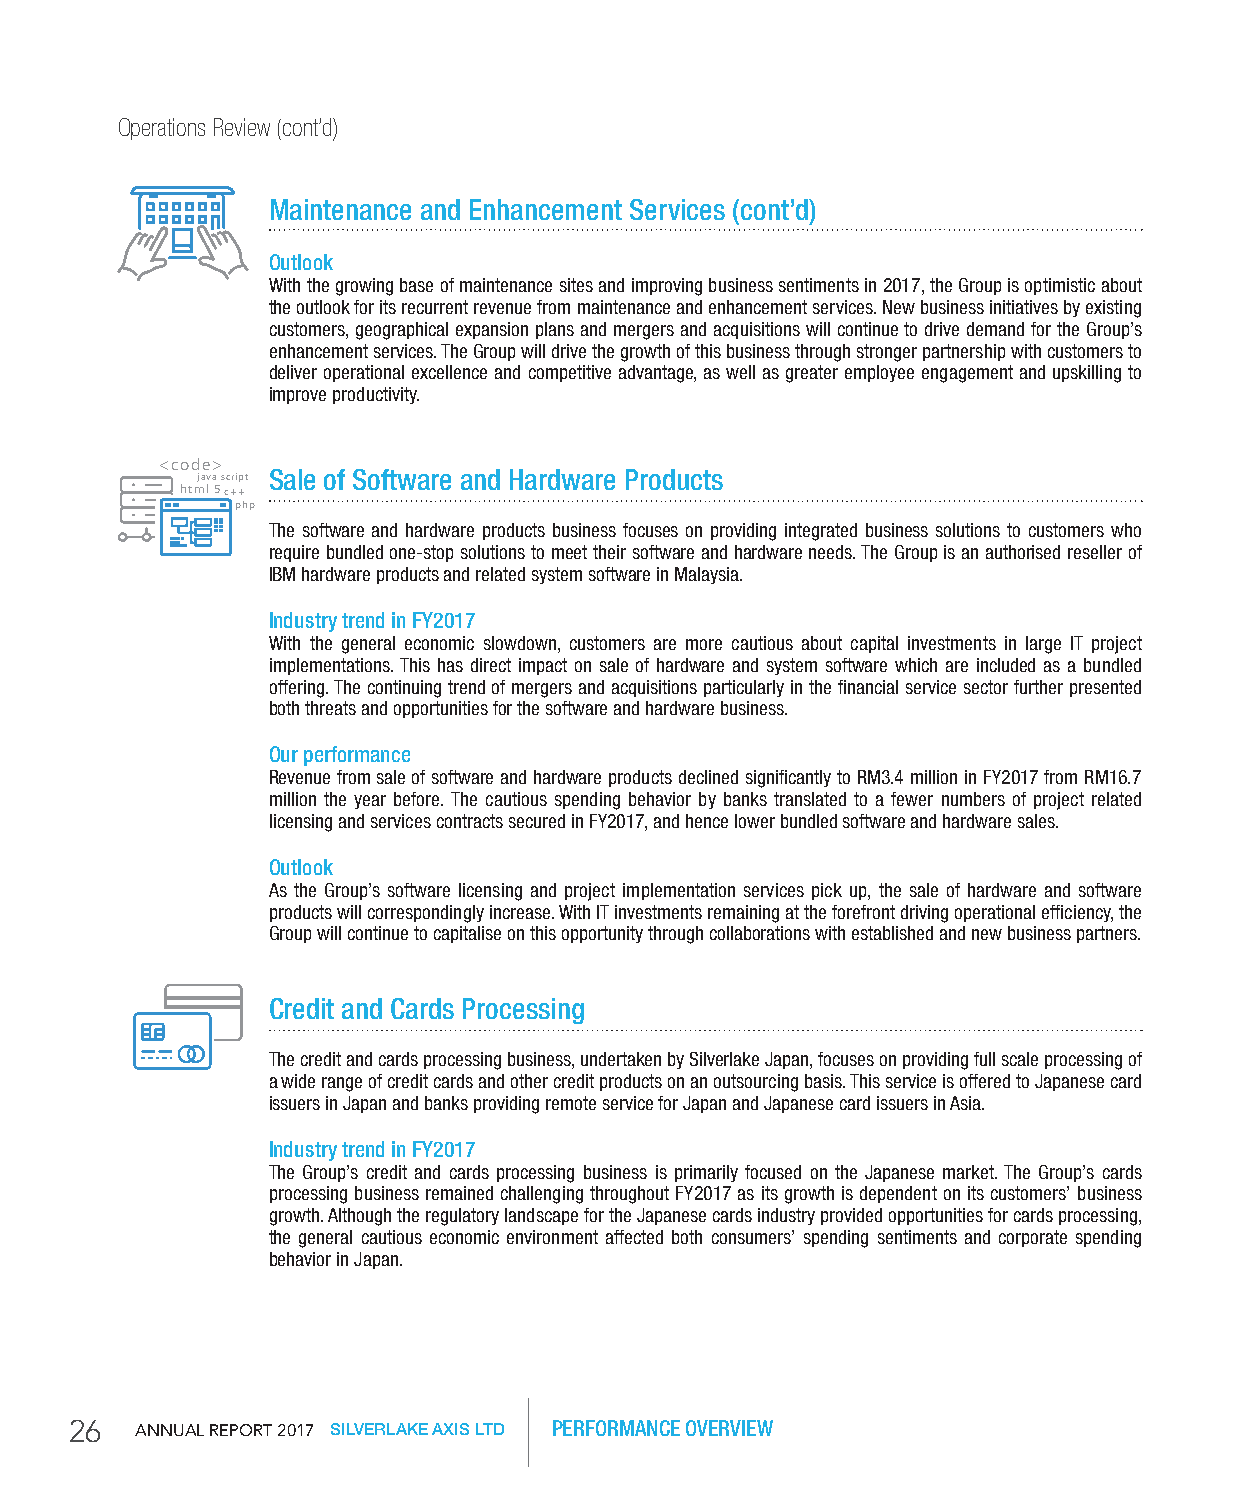
Operations Review (cont’d)
 Maintenance and Enhancement Services (cont’d)
 Outlook
 With the growing base of maintenance sites and improving business sentiments in 2017, the Group is optimistic about
 the outlook for its recurrent revenue from maintenance and enhancement services. New business initiatives by existing
 customers, geographical expansion plans and mergers and acquisitions will continue to drive demand for the Group’s
 enhancement services. The Group will drive the growth of this business through stronger partnership with customers to
 deliver operational excellence and competitive advantage, as well as greater employee engagement and upskilling to
 improve productivity.
 <code>
 java script Sale of Software and Hardware Products
 html 5c++
 php
 The software and hardware products business focuses on providing integrated business solutions to customers who
 require bundled one-stop solutions to meet their software and hardware needs. The Group is an authorised reseller of
 IBM hardware products and related system software in Malaysia.
 Industry trend in FY2017
 With the general economic slowdown, customers are more cautious about capital investments in large IT project
 implementations. This has direct impact on sale of hardware and system software which are included as a bundled
 offering. The continuing trend of mergers and acquisitions particularly in the financial service sector further presented
 both threats and opportunities for the software and hardware business.
 Our performance
 Revenue from sale of software and hardware products declined significantly to RM3.4 million in FY2017 from RM16.7
 million the year before. The cautious spending behavior by banks translated to a fewer numbers of project related
 licensing and services contracts secured in FY2017, and hence lower bundled software and hardware sales.
 Outlook
 As the Group’s software licensing and project implementation services pick up, the sale of hardware and software
 products will correspondingly increase. With IT investments remaining at the forefront driving operational efficiency, the
 Group will continue to capitalise on this opportunity through collaborations with established and new business partners.
 Credit and Cards Processing
 The credit and cards processing business, undertaken by Silverlake Japan, focuses on providing full scale processing of
 a wide range of credit cards and other credit products on an outsourcing basis. This service is offered to Japanese card
 issuers in Japan and banks providing remote service for Japan and Japanese card issuers in Asia.
 Industry trend in FY2017
 The Group’s credit and cards processing business is primarily focused on the Japanese market. The Group’s cards
 processing business remained challenging throughout FY2017 as its growth is dependent on its customers’ business
 growth. Although the regulatory landscape for the Japanese cards industry provided opportunities for cards processing,
 the general cautious economic environment affected both consumers’ spending sentiments and corporate spending
 behavior in Japan.
 26  AnnuAl RepoRt 2017 SILVERLAKE AXIS LTD PERFORMANCE OVERVIEW